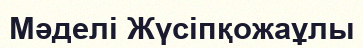
Мәделі Жүсіпқожаұлы